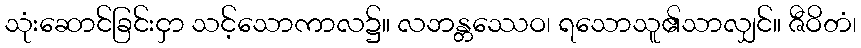
သုံးဆောင်ခြင်းငှာ သင့်သောကာလ၌။ လဘန္တဿေဝ၊ ရသောသူ၏သာလျှင်။ ဇီဝိတံ၊